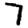
Digit: 7